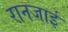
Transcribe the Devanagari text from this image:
रानजाई